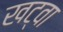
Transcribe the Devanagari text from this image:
खट्वा